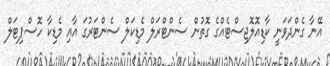
އޭނާ ގެންދަވަނީ ކާޑިއޮލޮޖިސްޓެއްގެ ގޮތުން ސެންޓްރަލް މެޑިކަލް ސެންޓަރުގަ އާއި މެޑިކާ ހޮސްޕިޓަލް